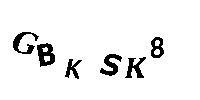
GBKSK8